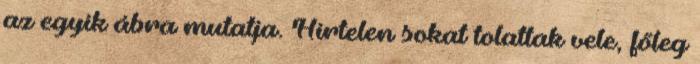
az egyik ábra mutatja. Hirtelen sokat tolattak vele, főleg